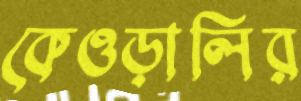
কেওড়ালির